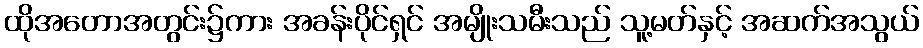
ထိုအတောအတွင်း၌ကား အခန်းပိုင်ရှင် အမျိုးသမီးသည် သူ့မတ်နှင့် အဆက်အသွယ်